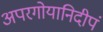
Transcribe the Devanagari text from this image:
अपरगोयानिदीपं